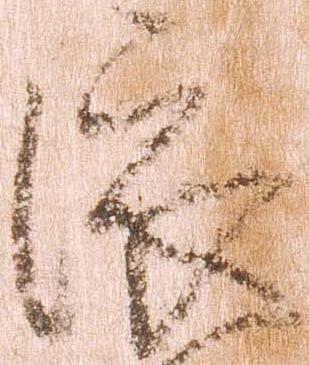
依